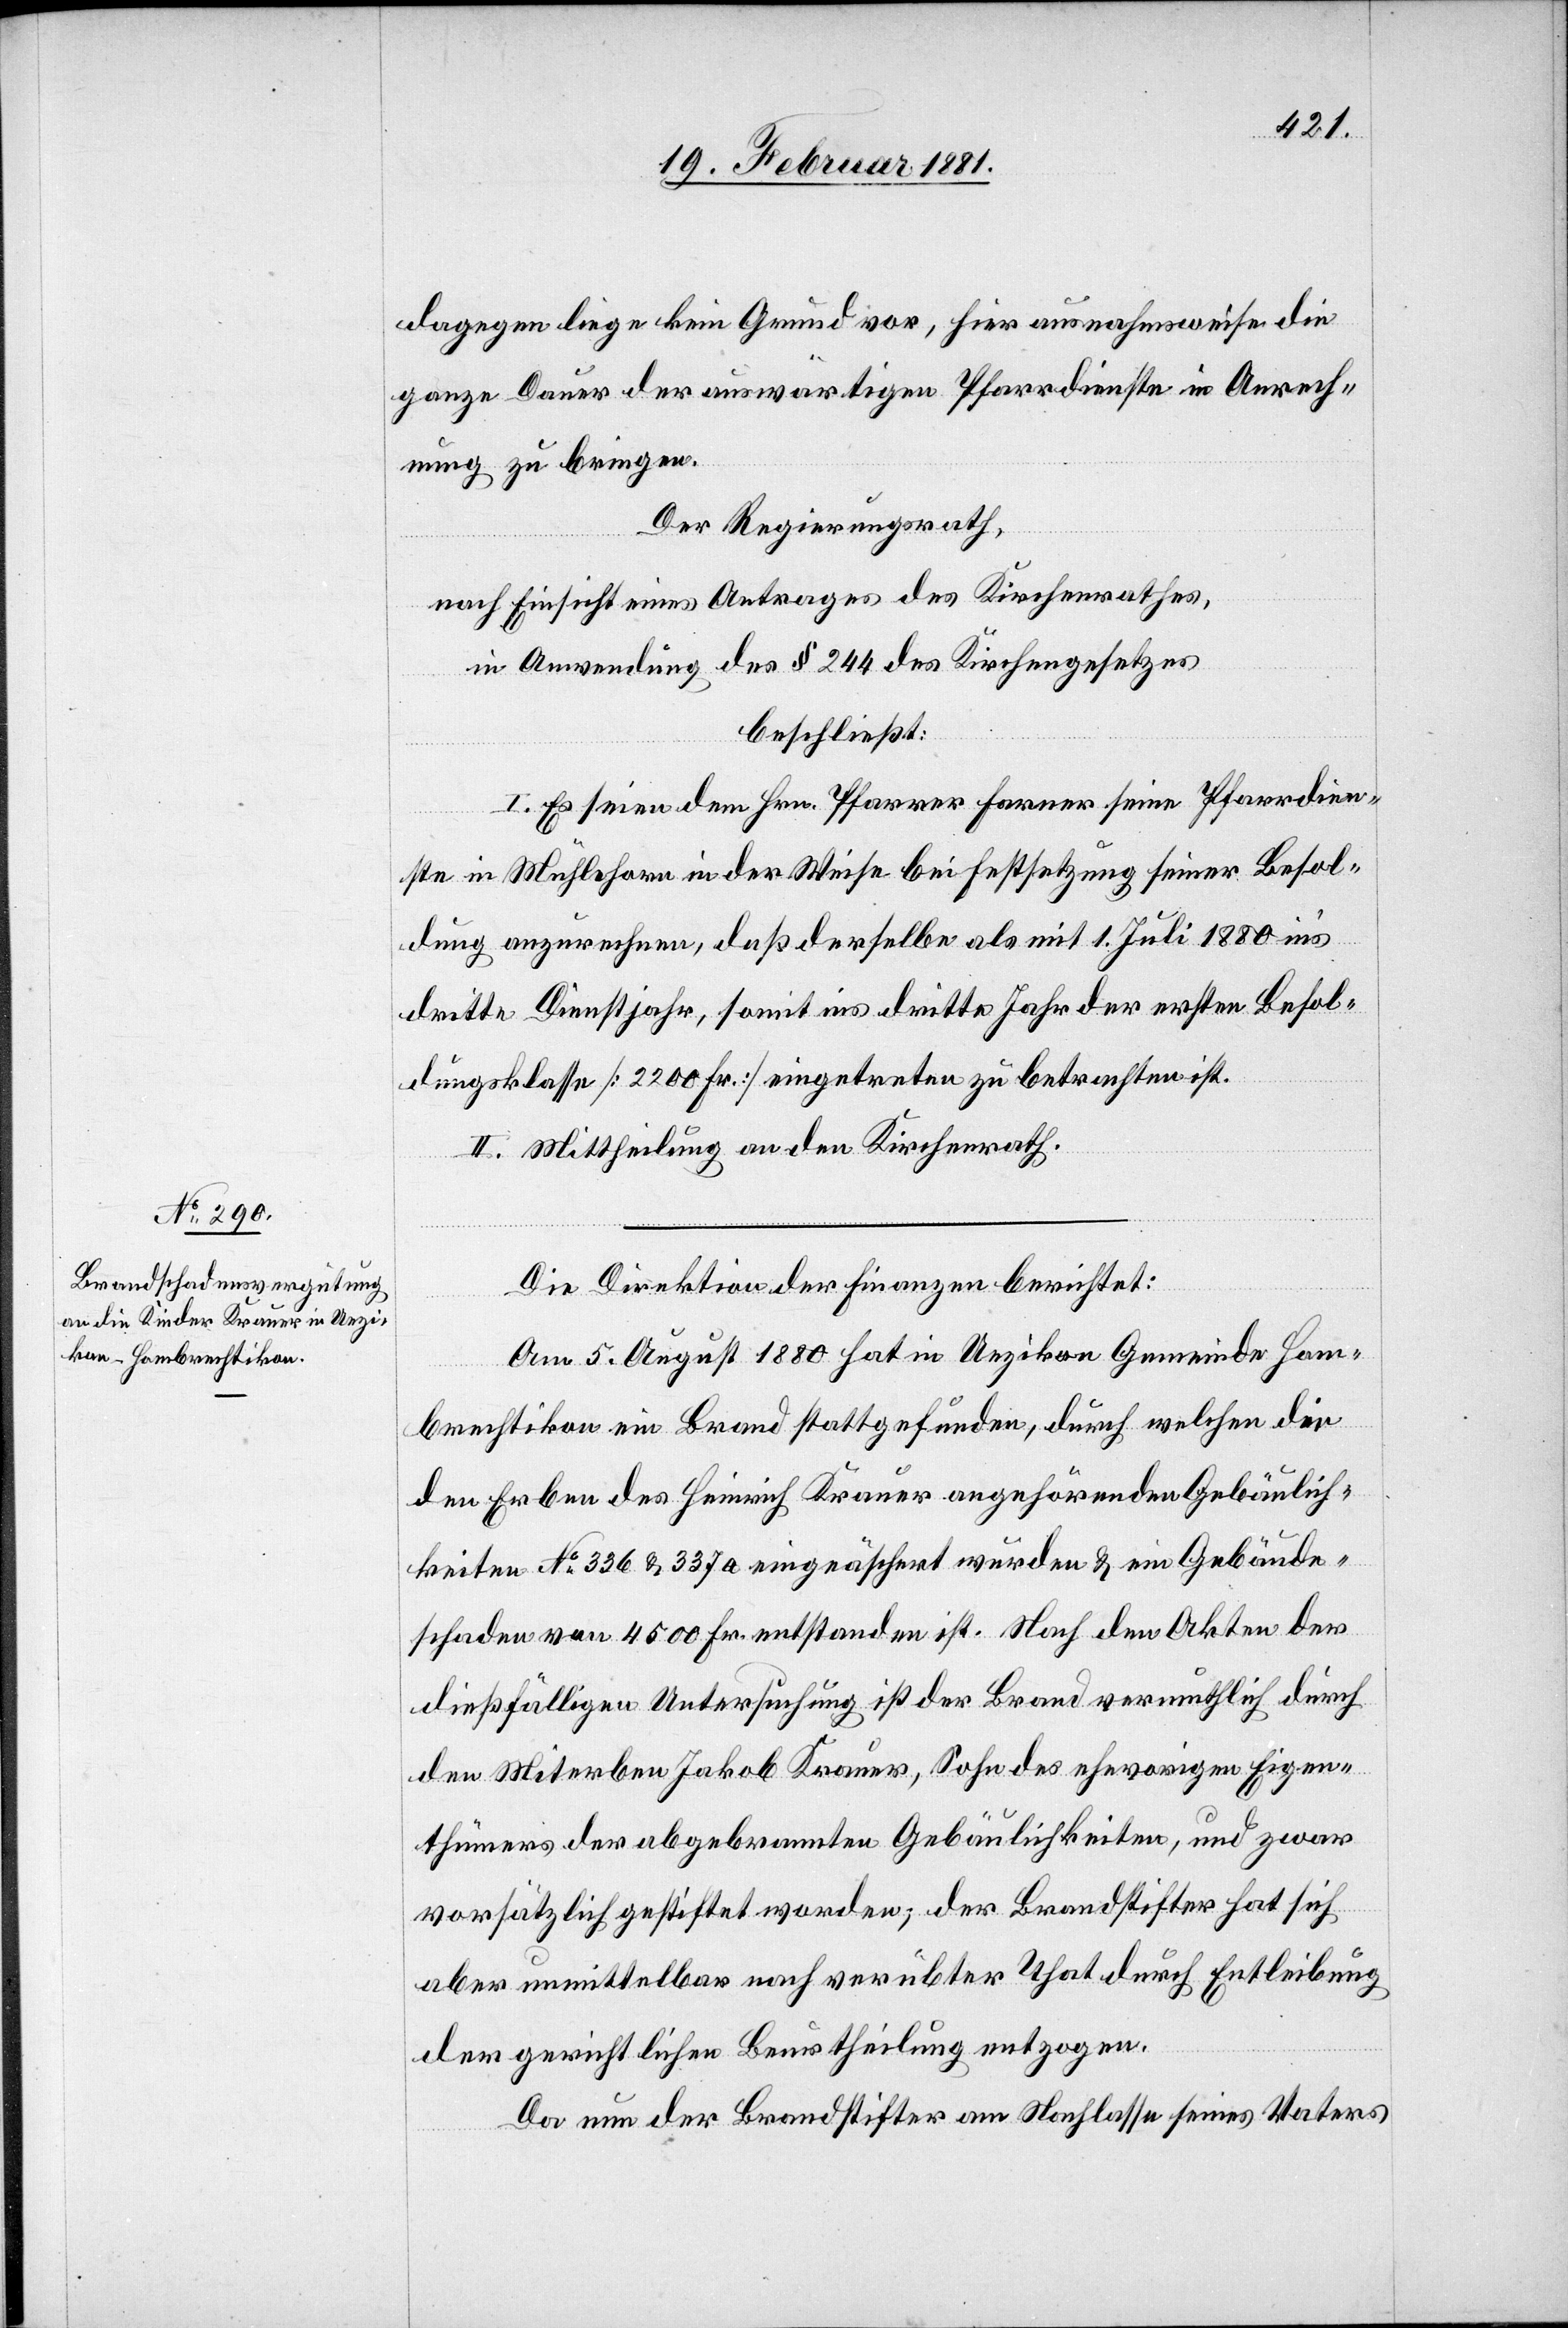
dagegen liege kein Grund vor, hier ausnahmsweise die
ganze Dauer der auswärtigen Pfarrdienste in Anrech¬
nung zu bringen.
Der Regierungsrath,
nach Einsicht eines Antrages des Kirchenrathes,
in Anwendung des § 244 des Kirchengesetzes
beschließt:
I. Es seien dem Hrn. Pfarrer Forner seine Pfarrdien¬
ste in Mühlehorn in der Weise bei Festsetzung seiner Besol¬
dung anzurechnen, daß derselbe als mit 1. Juli 1880 in’s
dritte Dienstjahr, somit ins dritte Jahr der ersten Besol¬
dungsklasse [2200 Fr.] eingetreten zu betrachten ist.
II. Mittheilung an den Kirchenrath.
Der Direktion der Finanzen berichtet:
Am 5. August 1880 hat in Uezikon Gemeinde Hom¬
brechtikon ein Brand stattgefunden, durch welchen die
den Erben des Heinrich Krauer angehörenden Gebäulich¬
keiten No 336 & 337a eingeäschert wurden & ein Gebäude¬
schaden von 4500 Fr. entstanden ist. Nach den Akten der
dießfälligen Untersuchung ist der Brand vermuthlich durch
den Miterben Jakob Krauer, Sohn des ehevorigen Eigen¬
thümers der abgebrannten Gebäulichkeiten, und zwar
vorsätzlich gestiftet worden; der Brandstifter hat sich
aber unmittelbar nach verübter That durch Entleibung
der gerichtlichen Beurtheilung entzogen.
Da nun der Brandstifter am Nachlasse seines Vaters